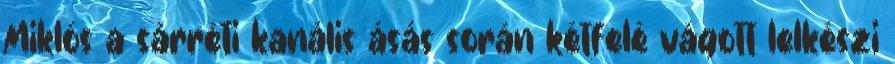
Miklós a sárréti kanális ásás során kétfelé vágott lelkészi